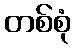
တစ်စုံ